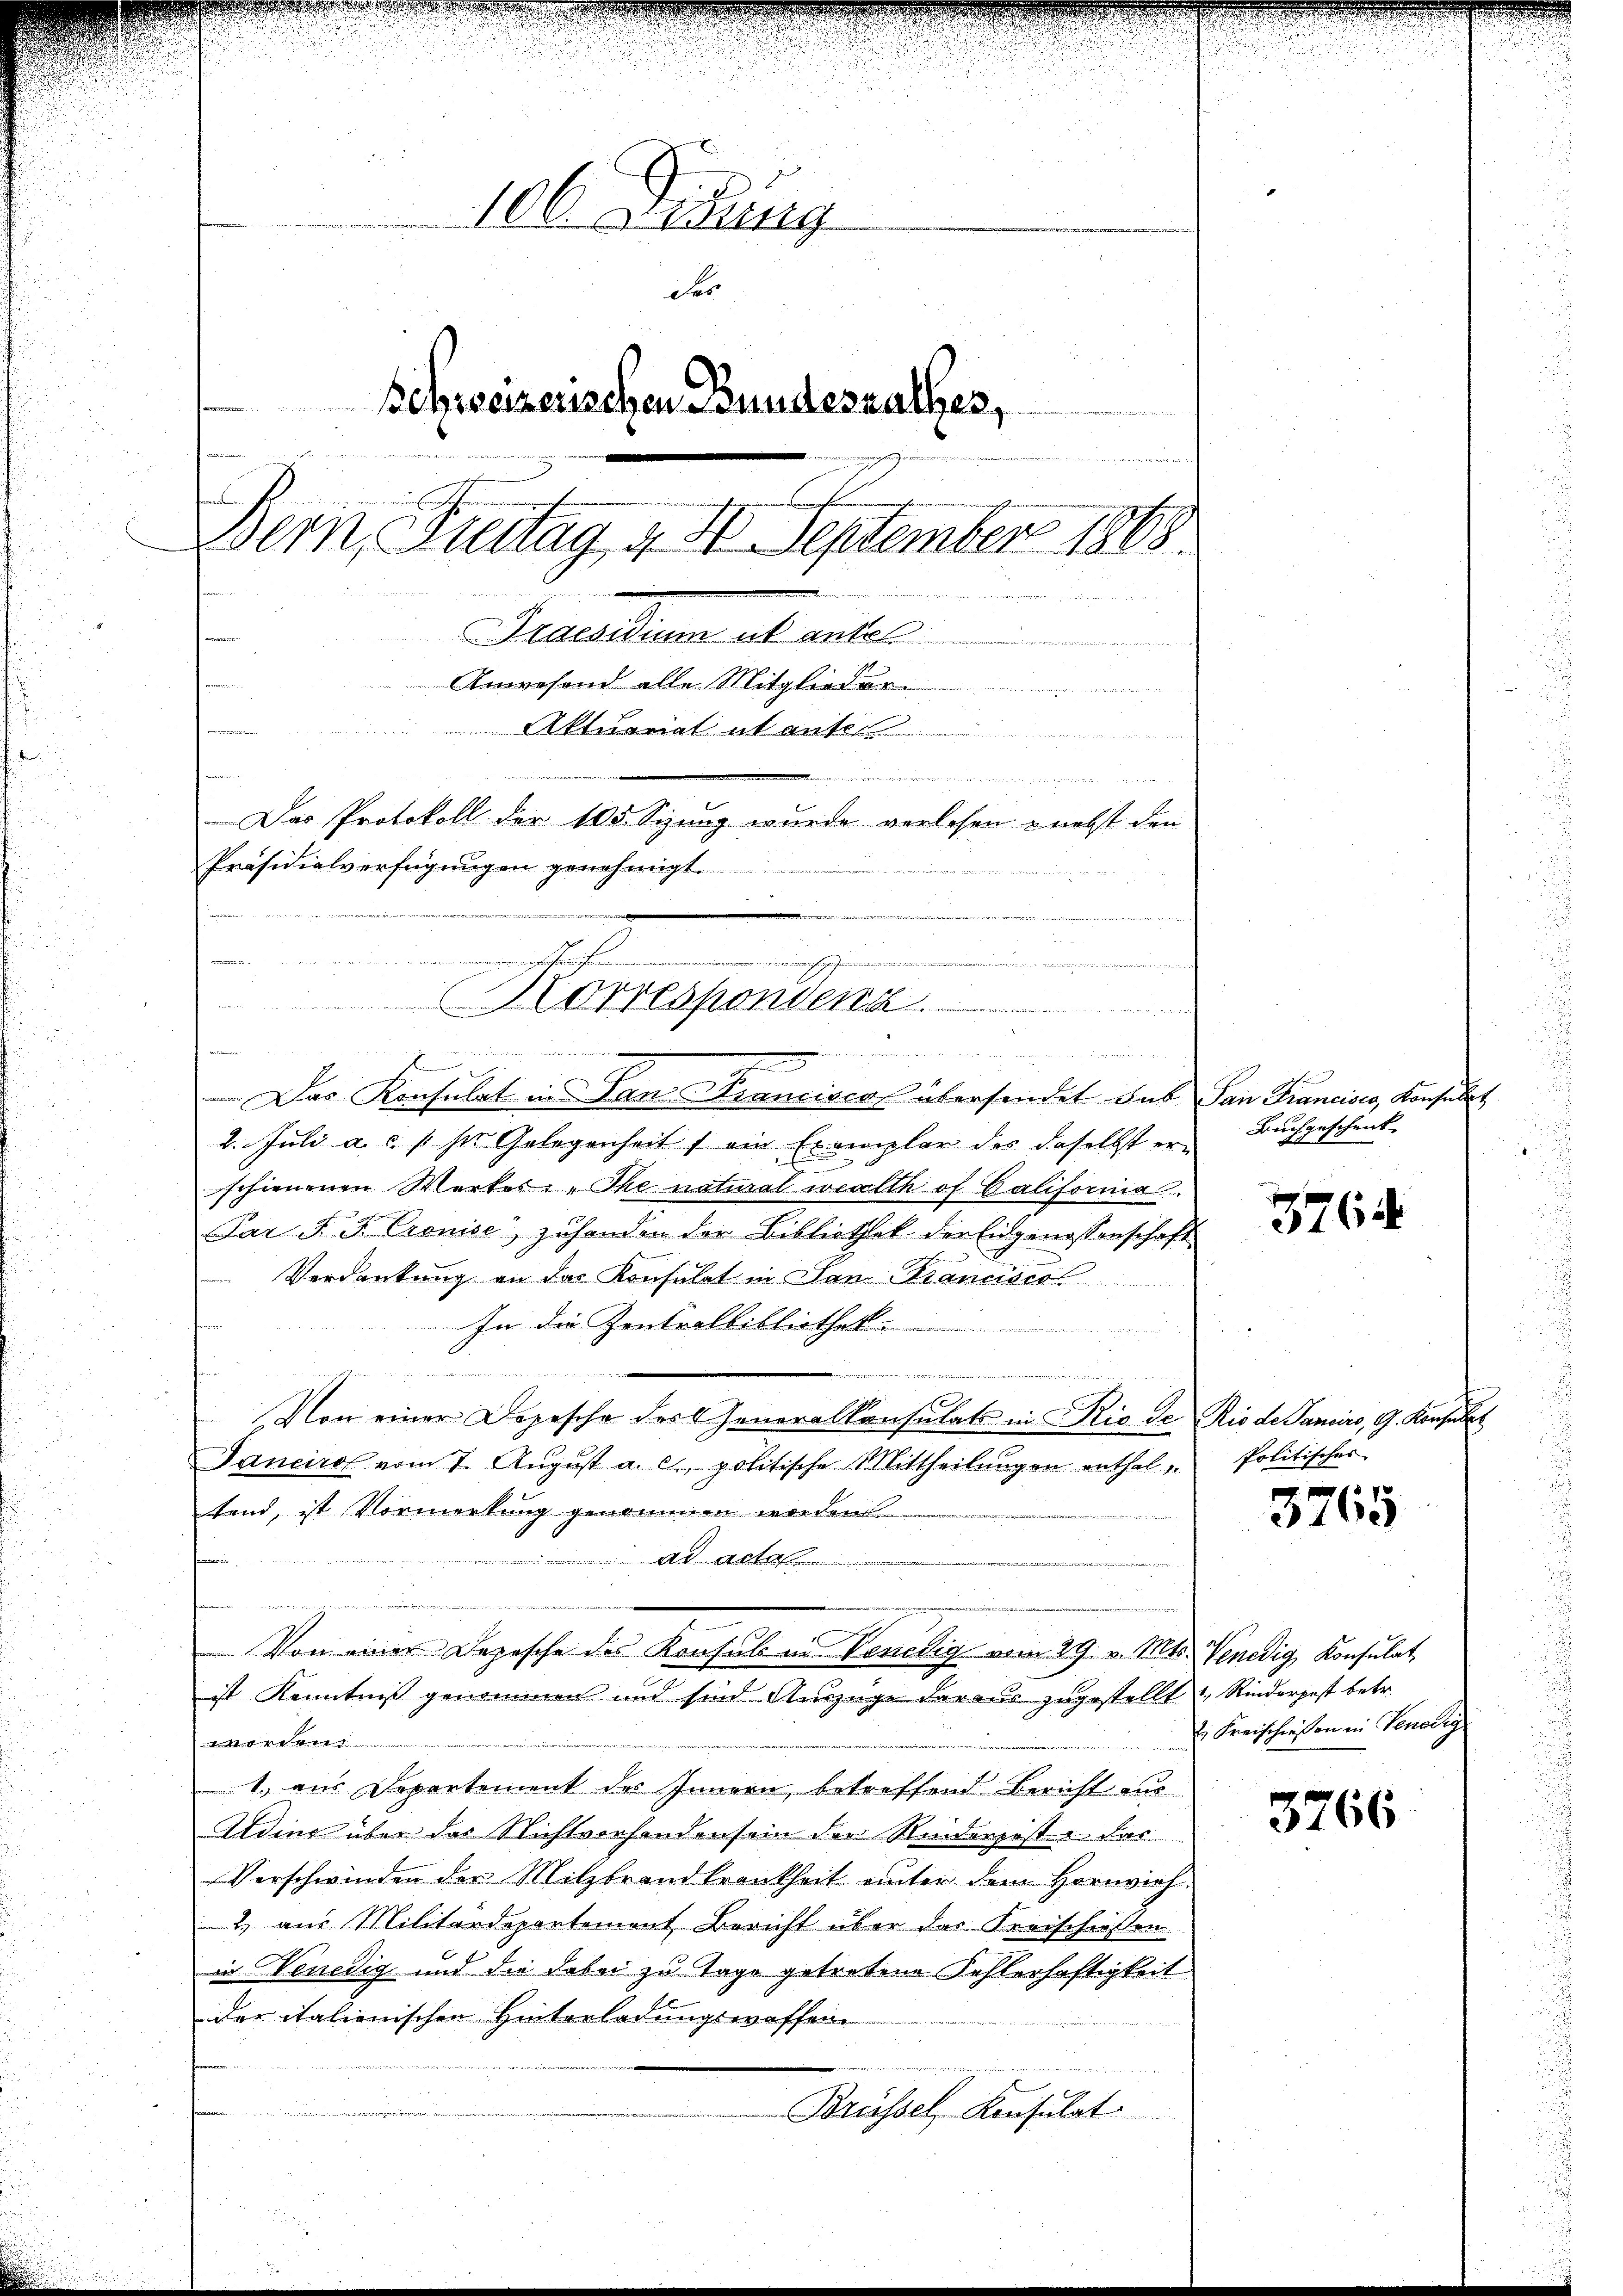
106. Mitung
der
Schweizerischen Bundesrathes,
t
Bern, Fenstag, d. 4. September 1868.
Greatum ab weiten.
Anwesend alle Mitglieder
ariat abant
n

Das Protokoll der 105. Sizung wurde verlesen - nebst den
Präsidialverfügungen genehmigt.

a

u
Das Konsulat in Dan Franciscal übersendet das San Francisco, Konsulat
2. Juli a. c. s. sie Gelegenheits ein Exemplar des daselbst er-
u
schienenen Werkes: „The natural werth of California.
Par d. J. Cronise“ zuhanden der Bibliothek der Eidgenossenschaft
Verdankung an der Konsulat in San Krancisco
In die Zentralbibliothek
2
wobei mir meinen
Von einer Depesche des Generalkonsulats in Rio de Rio de Saniro, G. Konsulat
Jancirol vom 7. Aŭgŭst a. c. politische Mittheilŭngen enthal
tend, ist Vormerkung genommen worden
ennen.
Ad Acta
Von einer Depesche des Konsul in Venedig vom 29. v. Mts. Venedig, Konsulat
ist Kenntniß genommen und sind Auszüge daraus zugestellt Rinderpost betr.
orden
1. aus Departement des Innern, betreffend Bericht aus
Adins über das Nichtvorhanden sein der Riedergeste das
Verschwinden der Milzbrandkrankheit unter dem Hornvieh-
2.) aus Militärdepartement Bericht über das Kreischießen
in Venedig und die dabei zu Tage getretene Kohlerhaftigkeit
der italienischen Hinterladungswaffen
Brüssel, Konsulat

eihafen

Morresponsena
d
nng der Meister den der einen ein
.

Buchgeschenk |

2764

Politisches

3765

E. Freischießen in Venedig

3766